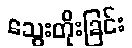
သွေးတိုးခြင်း